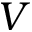
V